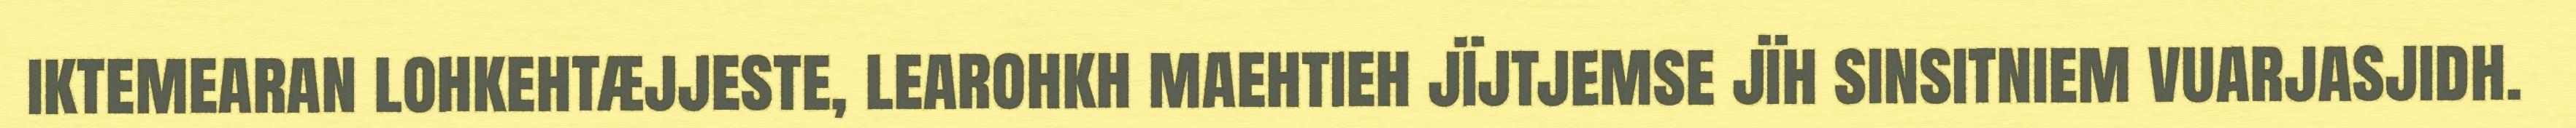
iktemearan lohkehtæjjeste, learohkh maehtieh jïjtjemse jïh sinsitniem vuarjasjidh.